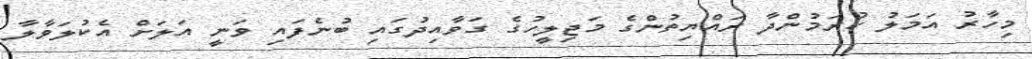
މިހާރު އަމަލު ކުރަމުންދާ ރައްޔިތުންގެ މަޖިލީހުގެ ގަވާއިދުގައި ބުނެފައި ވަނީ އަލަށް އެކުލަވާލާ